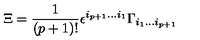
\Xi = { \frac { 1 } { ( p + 1 ) ! } } \epsilon ^ { i _ { p + 1 } \dots i _ { 1 } } \Gamma _ { i _ { 1 } \dots i _ { p + 1 } }